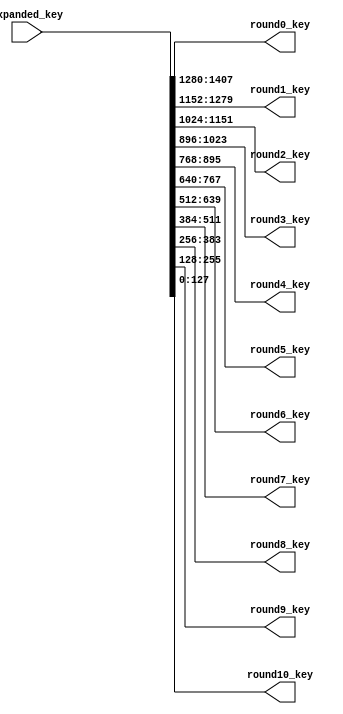
module key_scheduler(
	input [1407:0] expanded_key,
	output reg [127:0] round0_key,
	output reg [127:0] round1_key,
	output reg [127:0] round2_key,
	output reg [127:0] round3_key,
	output reg [127:0] round4_key,
	output reg [127:0] round5_key,
	output reg [127:0] round6_key,
	output reg [127:0] round7_key,	
	output reg [127:0] round8_key,
	output reg [127:0] round9_key,
	output reg [127:0] round10_key
	);
	
	always @(*)begin
		round10_key= expanded_key[127:0];
	    round9_key = expanded_key[255:128];
	    round8_key = expanded_key[383:256];
	    round7_key = expanded_key[511:384];
	    round6_key = expanded_key[639:512];
	    round5_key = expanded_key[767:640];
	    round4_key = expanded_key[895:768];
	    round3_key = expanded_key[1023:896];
	    round2_key = expanded_key[1151:1024];
	    round1_key = expanded_key[1279:1152];
	    round0_key = expanded_key[1407:1280];
    end

endmodule